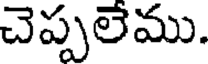
చెప్పలెము.